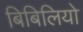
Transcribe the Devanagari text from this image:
बिबिलियो